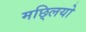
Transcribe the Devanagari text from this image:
मछ्लियो